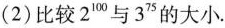
(2)比较2^{100}与3^{75}的大小.